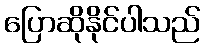
ပြောဆိုနိုင်ပါသည်